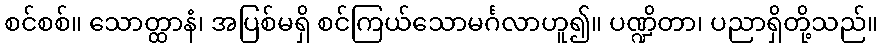
စင်စစ်။ သောတ္ထာနံ၊ အပြစ်မရှိ စင်ကြယ်သောမင်္ဂလာဟူ၍။ ပဏ္ဍိတာ၊ ပညာရှိတို့သည်။